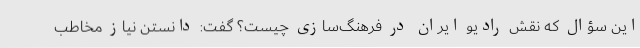
این سؤال که نقش رادیو ایران در فرهنگ‌سازی چیست؟ گفت: دانستن نیاز مخاطب